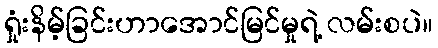
ရှုံးနိမ့်ခြင်းဟာအောင်မြင်မှုရဲ့ လမ်းစပဲ။